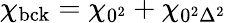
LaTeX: \chi_{\mathrm{bck}}=\chi_{0^{2}}+\chi_{0^{2}\Delta^{2}}